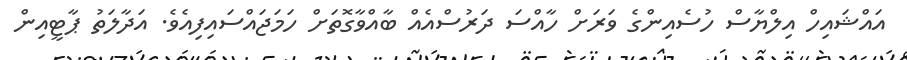
އައްޝައިހް އިލްޔާސް ހުސެއިންގެ ވަރަށް ހާއްސަ ދަރުސްއެއް ބާއްވާގޮތަށް ހަމަޖައްސައިފިއެވެ. އަދާލަތު ޕާޓީއިން